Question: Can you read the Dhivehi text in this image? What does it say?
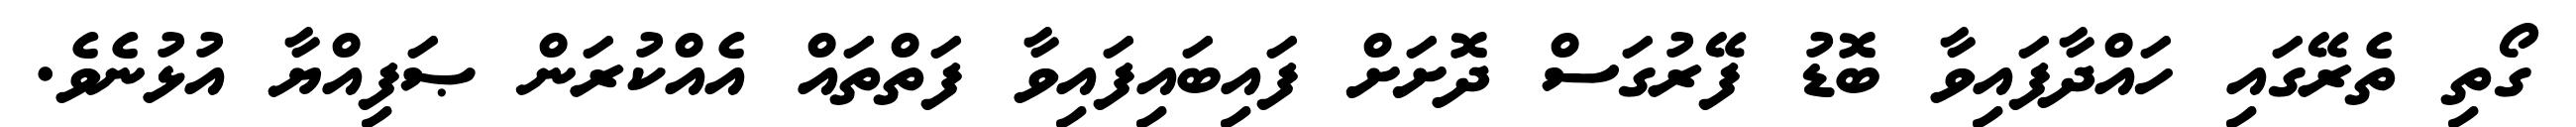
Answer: ގޯތި ތެރޭގައި ހައްދާފައިވާ ބޮޑު ފޭރުގަސް ދޮށަށް ފައިބައިފައިވާ ފަތްތައް އެއްކުރަން ޞަފިއްޔާ އުޅުނެވެ.